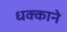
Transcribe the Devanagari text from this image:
धक्काने